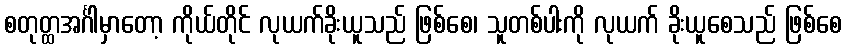
စတုတ္ထအင်္ဂါမှာတော့ ကိုယ်တိုင် လုယက်ခိုးယူသည် ဖြစ်စေ၊ သူတစ်ပါးကို လုယက် ခိုးယူစေသည် ဖြစ်စေ